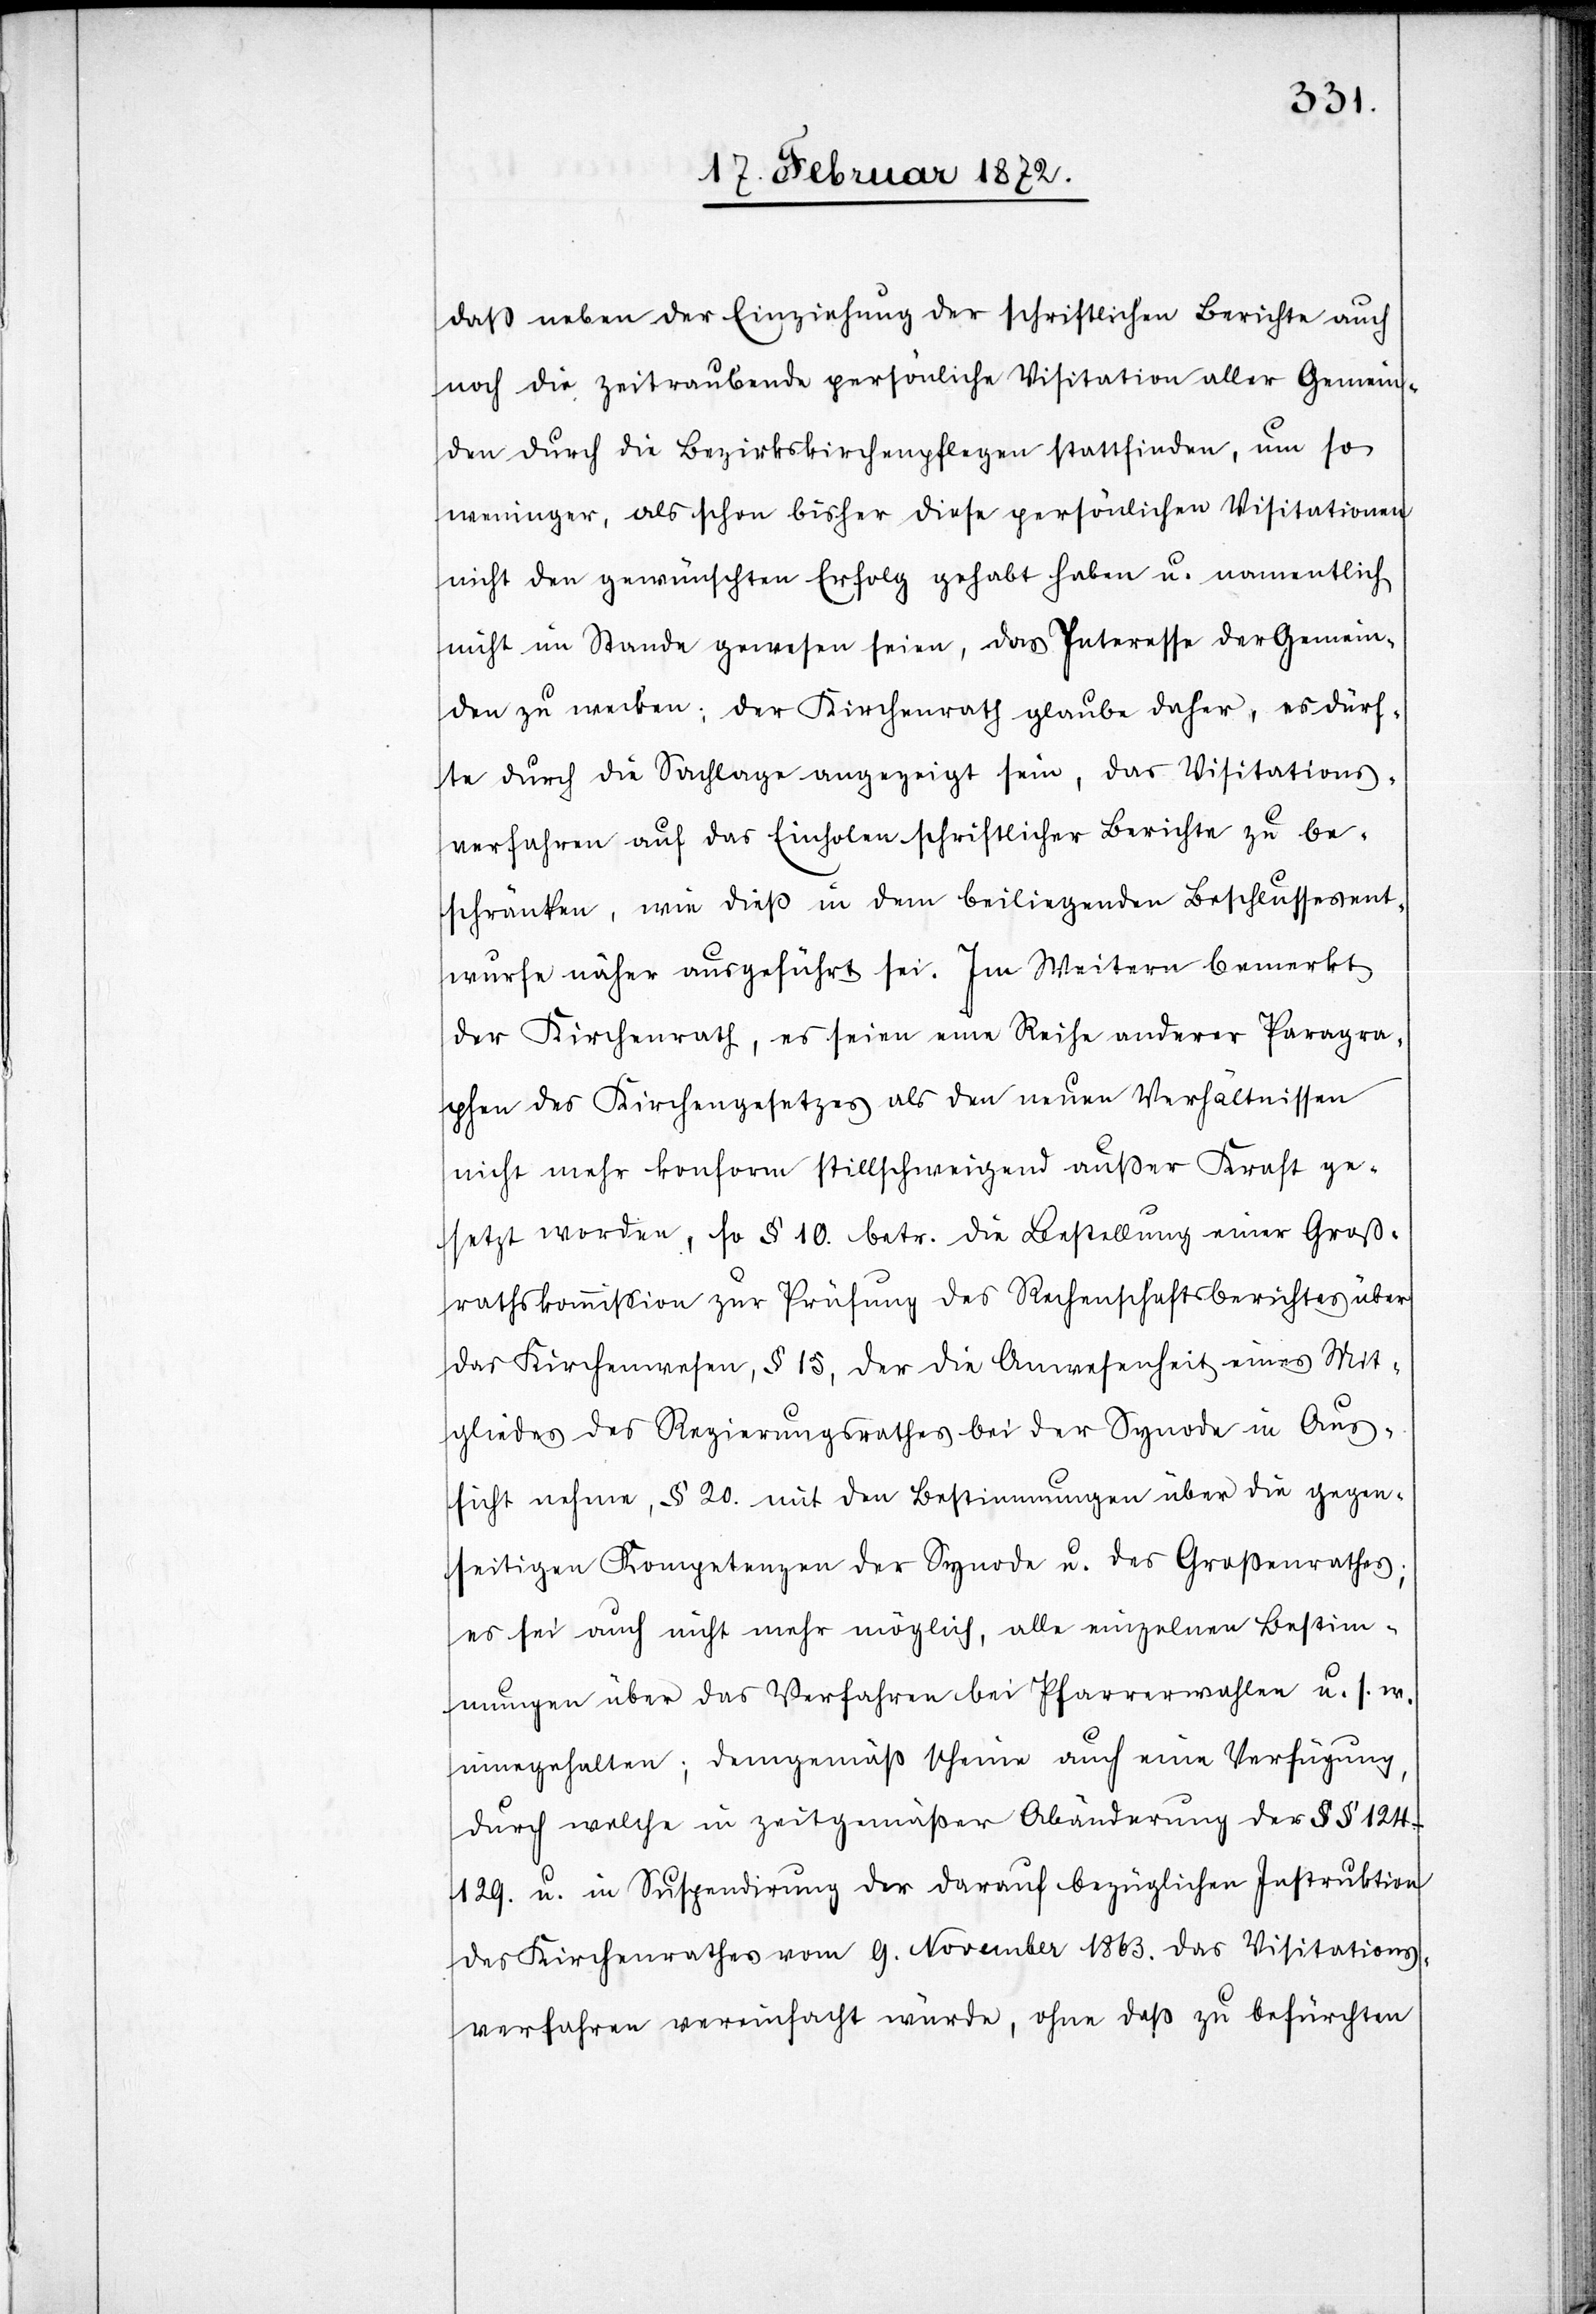
daß neben der Einziehung der schriftlichen Berichte auch
noch die zeitraubende persönliche Visitation aller Gemein¬
den durch die Bezirkskirchenpflegen stattfinden [sic!], um so
weniger, als schon bisher diese persönlichen Visitationen
nicht den gewünschten Erfolg gehabt haben u. namentlich
nicht im Stande gewesen seien, das Interesse der Gemein¬
den zu wecken; der Kirchenrath glaube daher, es dürf¬
te durch die Sachlage angezeigt sein, das Visitations¬
verfahren auf das Einholen schriftlicher Berichte zu be¬
schränken, wie dieß in dem beiliegenden Beschlussesent¬
wurfe näher ausgeführt sei. Im Weitern bemerkt
der Kirchenrath, es seien eine Reihe anderer Paragra¬
phen des Kirchengesetzes als den neuen Verhältnissen
nicht mehr konform stillschweigend außer Kraft ge¬
setzt worden, so § 10. betr. die Bestellung einer Gros¬
srathskommission zur Prüfung des Rechenschaftsberichtes über
das Kirchenwesen, § 15, der die Anwesenheit eines Mit¬
glieds des Regierungsrathes bei der Synode in Aus¬
sicht nehme, § 20. mit den Bestimmungen über die gegen¬
seitigen Kompetenzen der Synode u. des Großenrathes;
es sei auch nicht mehr möglich, alle einzelnen Bestim¬
mungen über das Verfahren bei Pfarrerwahlen u. s. w.
innegehalten [sic!]; demgemäß scheine auch eine Verfügung,
durch welche in zeitgemäßer Abänderung der §§
124–129. u. in Suspendirung der darauf bezüglichen Instruktion
des Kirchenrathes vom 9. November 1863. das Visitations¬
verfahren vereinfacht würde, ohne daß zu befürchten